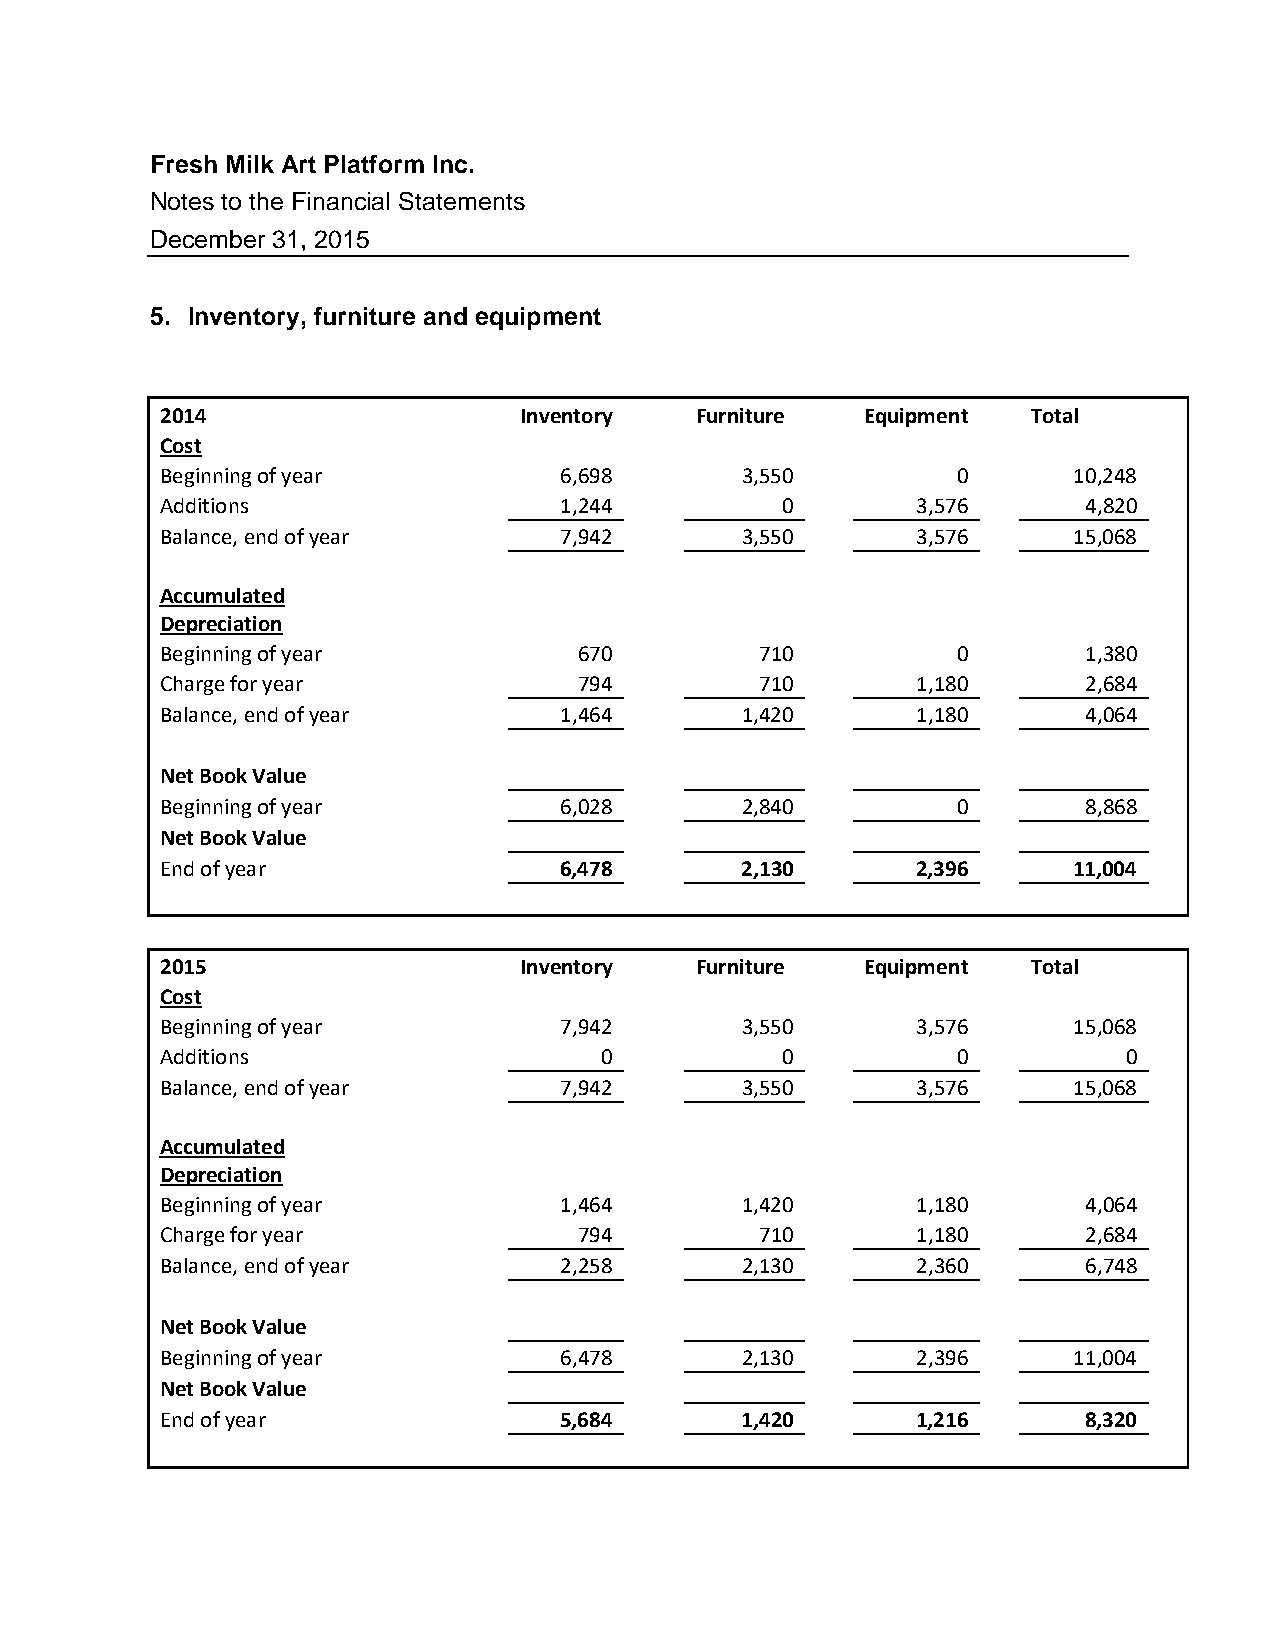
Fresh Milk Art Platform Inc.
 Notes to the Financial Statements
 December 31, 2015
 5. Inventory, furniture and equipment
 2014                   Inventory   Furniture  Equipment  Total
 Cost
 Beginning of year         6 ,698      3,550         0       10,248
 Additions                 1,244          0        3,576      4,820
 Balance, end of year      7,942       3,550       3,576     15,068
 Accumulated
 Depreciation
 Beginning of year          670         710          0        1,380
 Charge for year            794         710        1,180      2,684
 Balance, end of year      1,464       1,420       1,180      4,064
 Net Book Value
 Beginning of year         6,028       2,840         0        8,868
 Net Book Value
 End of year               6,478       2,130       2,396     11,004
 2015                   Inven tory  Furniture  Equipment  Total
 Cost
 Beginning of year         7 ,942      3,550       3,576     15,068
 Additions                    0           0          0           0
 Balance, end of year      7,942       3,550       3,576     15,068
 Accumulated
 Depreciation
 Beginning of year         1,464       1,420       1,180      4,064
 Charge for year            794         710        1,180      2,684
 Balance, end of year      2,258       2,130       2,360      6,748
 Net Book Value
 Beginning of year         6,478       2,130       2,396     11,004
 Net Book Value
 End of year               5,684       1,420       1,216      8,320